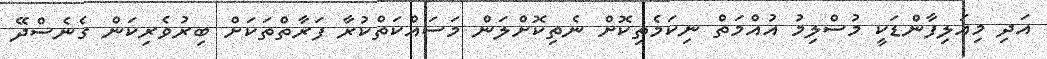
އަދި މިއަލިފާންޑަކީ މުސްލިމު އުއްމަތް ނިކަމެތިކޮށް ނެތިކޮށްލަން މަސައްކަތްކުރާ ފަރާތްތަކަށް ބިރުވެރިކަން ގެނެސްދޭ